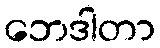
ဘေဒါတာ